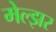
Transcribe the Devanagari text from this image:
मेल्झर